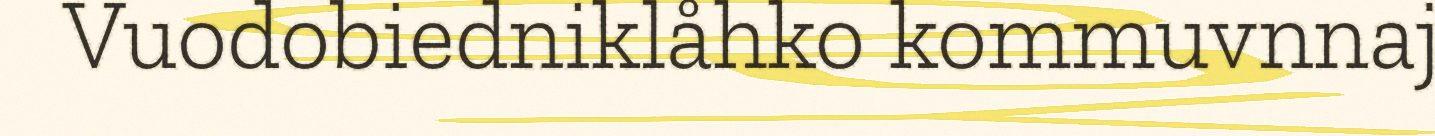
Vuodobiedniklåhko kommuvnnaj